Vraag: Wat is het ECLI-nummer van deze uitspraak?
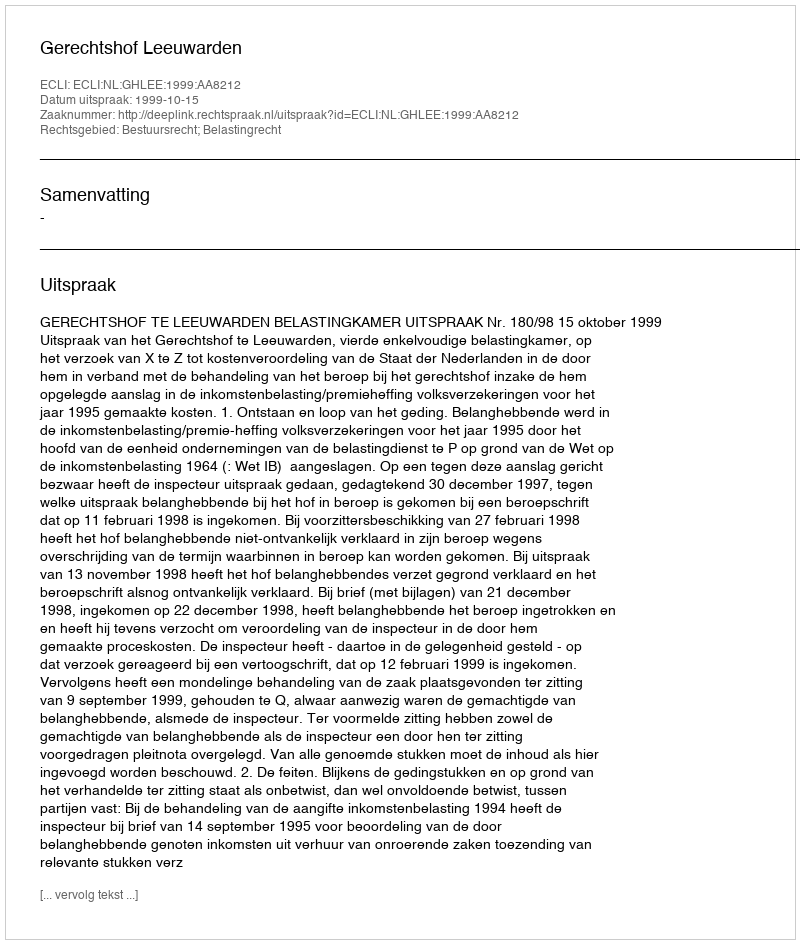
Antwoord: ECLI:NL:GHLEE:1999:AA8212